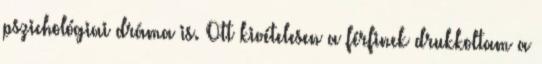
pszichológiai dráma is. Ott kivételesen a férfinek drukkoltam a